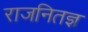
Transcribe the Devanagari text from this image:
राजनितज्ञ